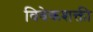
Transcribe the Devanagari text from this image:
विवेकशक्ती